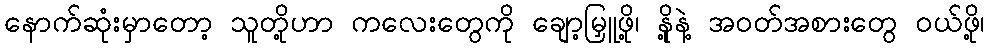
နောက်ဆုံးမှာတော့ သူတို့ဟာ ကလေးတွေကို ချော့မြှူဖို့၊ နို့နဲ့ အဝတ်အစားတွေ ဝယ်ဖို့၊